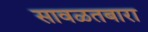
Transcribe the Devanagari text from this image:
सावळतबारा